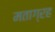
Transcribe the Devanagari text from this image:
मताग्रह